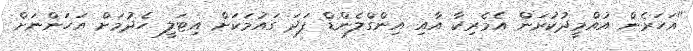
"އަހަރެން އުއްމީދުކުރަން އެމެރިކާ އާއި އިންގްލެންޑް ފަދަ ގައުމަކަށް އިޓަލީ ހެދުމަށް އަހަންނަށް